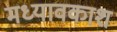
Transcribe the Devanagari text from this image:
मध्यावकाश